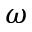
\omega